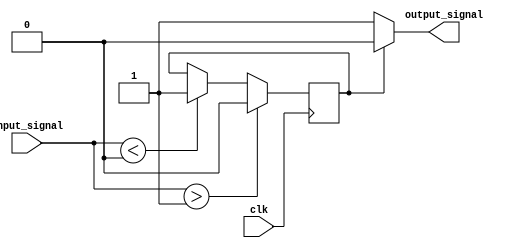
module Schmitt_trigger_inverter (
    input wire clk,
    input wire input_signal,
    output reg output_signal
);

reg state;

parameter HIGH_TRIP = 1'b1; // Adjustable high trip point
parameter LOW_TRIP = 1'b0;   // Adjustable low trip point

always @ (posedge clk) begin
    if (input_signal > HIGH_TRIP)
        state <= 1'b0;
    else if (input_signal < LOW_TRIP)
        state <= 1'b1;
end

always @ (*) begin
    if (state)
        output_signal = 1'b0;
    else
        output_signal = 1'b1;
end

endmodule